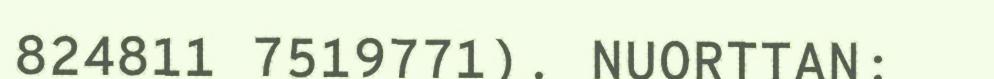
824811 7519771). NUORTTAN: